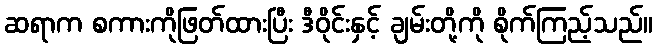
ဆရာက စကားကိုဖြတ်ထားပြီး ဒီဝိုင်းနှင့် ချမ်းတို့ကို စိုက်ကြည့်သည်။